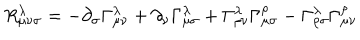
R _ { \mu \nu \sigma } ^ { \lambda } = - \partial _ { \sigma } \Gamma _ { \mu \nu } ^ { \lambda } + \partial _ { \nu } \Gamma _ { \mu \sigma } ^ { \lambda } + \Gamma _ { \rho \nu } ^ { \lambda } \Gamma _ { \mu \sigma } ^ { \rho } - \Gamma _ { \rho \sigma } ^ { \lambda } \Gamma _ { \mu \nu } ^ { \rho }